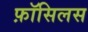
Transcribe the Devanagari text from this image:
फ़ॉसिलस